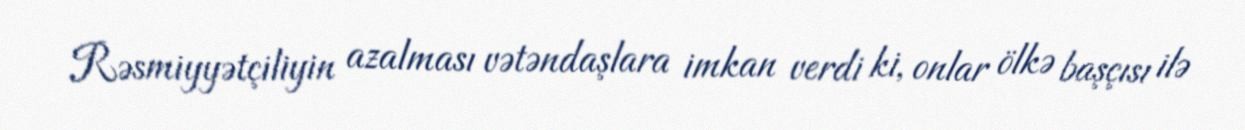
Rəsmiyyətçiliyin azalması vətəndaşlara imkan verdi ki, onlar ölkə başçısı ilə